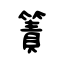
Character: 簀